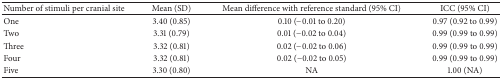
| Number of stimuli per cranial site | Mean (SD) | Mean difference with reference standard (95% CI) | ICC (95% CI) |
 | --- | --- | --- | --- |
 | One | 3.40 (0.85) | 0.10 (−0.01 to 0.20) | 0.97 (0.92 to 0.99) |
 | Two | 3.31 (0.79) | 0.01 (−0.02 to 0.04) | 0.99 (0.99 to 0.99) |
 | Three | 3.32 (0.81) | 0.02 (−0.02 to 0.06) | 0.99 (0.99 to 0.99) |
 | Four | 3.32 (0.81) | 0.02 (−0.02 to 0.05) | 0.99 (0.99 to 0.99) |
 | Five | 3.30 (0.80) | NA | 1.00 (NA) |